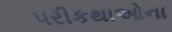
પરીકથાઓના